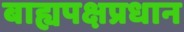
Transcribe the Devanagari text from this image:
बाह्यपक्षप्रधान